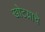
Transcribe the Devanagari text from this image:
खोटय़ाचे